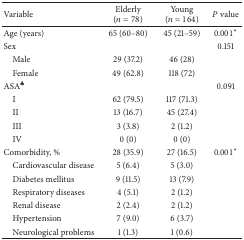
| Variable | Elderly(n = 78) | Young(n = 164) | P value |
 | --- | --- | --- | --- |
 | Age (years) | 65 (60–80) | 45 (21–59) | 0.001∗ |
 | Sex |  |  | 0.151 |
 | Male | 29 (37.2) | 46 (28) |  |
 | Female | 49 (62.8) | 118 (72) |  |
 | ASA♣ |  |  | 0.091 |
 | I | 62 (79.5) | 117 (71.3) |  |
 | II | 13 (16.7) | 45 (27.4) |  |
 | III | 3 (3.8) | 2 (1.2) |  |
 | IV | 0 (0) | 0 (0) |  |
 | Comorbidity, % | 28 (35.9) | 27 (16.5) | 0.001∗ |
 | Cardiovascular disease | 5 (6.4) | 5 (3.0) |  |
 | Diabetes mellitus | 9 (11.5) | 13 (7.9) |  |
 | Respiratory diseases | 4 (5.1) | 2 (1.2) |  |
 | Renal disease | 2 (2.4) | 2 (1.2) |  |
 | Hypertension | 7 (9.0) | 6 (3.7) |  |
 | Neurological problems | 1 (1.3) | 1 (0.6) |  |